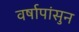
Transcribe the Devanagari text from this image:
वर्षापांसुन